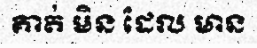
គាត់ មិន ដែល មាន